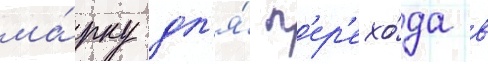
ма́рку дл'я́ п'ер'ехо́да в